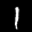
Digit: 1